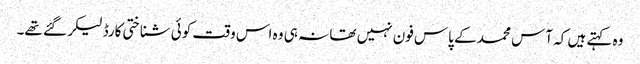
وہ کہتے ہیں کہ آس محمد کے پاس فون نہیں تھا نہ ہی وہ اس وقت کوئی شناختی کارڈ لیکر گئے تھے۔